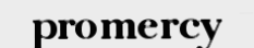
promercy